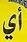
أي